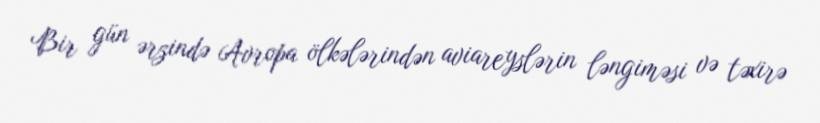
Bir gün ərzində Avropa ölkələrindən aviareyslərin ləngiməsi və təxirə